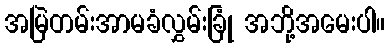
အမြဲတမ်းအာမခံလွှမ်းခြုံ အဘို့အမေးပါ။